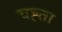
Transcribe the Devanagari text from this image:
चह्ता